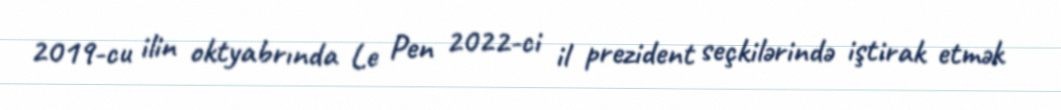
2019-cu ilin oktyabrında Le Pen 2022-ci il prezident seçkilərində iştirak etmək